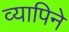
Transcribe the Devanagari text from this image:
व्यापिने